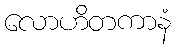
လောဟိတကာနံ